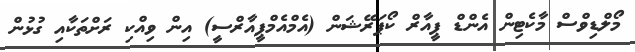
މޯލްޑިވްސް މާކެޓިން އެންޑް ޕީއާރް ކޯޕަރޭޝަން (އެމްއެމްޕީއާރްސީ) އިން ވިއްކި ރަށްތަކާއި ގުޅުން